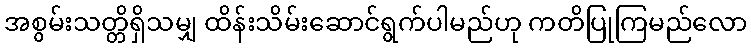
အစွမ်းသတ္တိရှိသမျှ ထိန်းသိမ်းဆောင်ရွက်ပါမည်ဟု ကတိပြုကြမည်လော